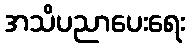
အသိပညာပေးရေး